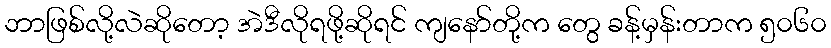
ဘာဖြစ်လို့လဲဆိုတော့ အဲဒီလိုရဖို့ဆိုရင် ကျနော်တို့က တွေ ခန့်မှန်းတာက ၅၀၆၀